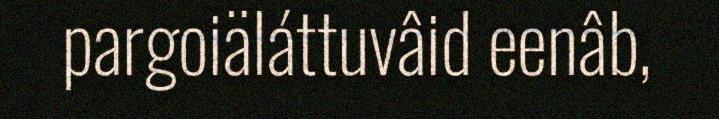
pargoiäláttuvâid eenâb,